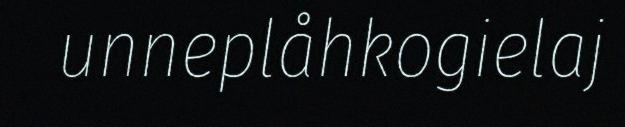
unneplåhkogielaj